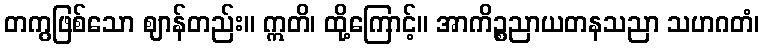
တကွဖြစ်သော ဈာန်တည်း။ ဣတိ၊ ထို့ကြောင့်။ အာကိဉ္စညာယတနသညာ သဟဂတံ၊